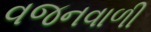
વજનવાળી